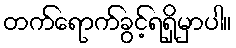
တက်ရောက်ခွင့်ရရှိမှာပါ။